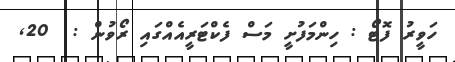
ހަވީރު ފޮޓޯ : ހިންމަފުށީ މަސް ފެކްޓަރީއެއްގައި ރޯވުން :  20